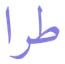
طرا